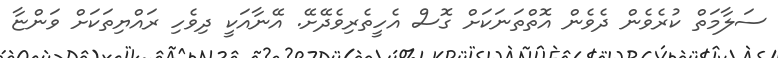
ސަލާމަތް ކުރެވެން ދެވެން އޮތްތަނަކަށް ގޮސް އެހީތެރިވެދޭށޭ. އޭނާއަކީ ދިވެހި ރައްޔިތަކަށް ވަންޏާ